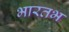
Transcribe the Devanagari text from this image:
भारतभ